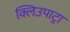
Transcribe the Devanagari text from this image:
क्लिउपाट्रा